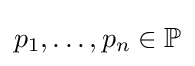
p_{1},\ldots ,p_{n}\in \mathbb {P}